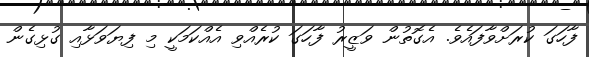
ފާހަގަ ކުރަށްވާފައެވެ. އެގޮތުން ވަޒީރު ފާހަގަ ކުރެއްވި އެއްކަމަކީ މި ފިޔަވަޅާއި ގުޅިގެން